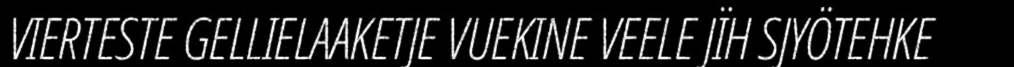
VIERTESTE GELLIELAAKETJE VUEKINE VEELE JÏH SJYÖTEHKE